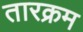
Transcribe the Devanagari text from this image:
तारक्रम